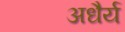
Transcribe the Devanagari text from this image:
अधैर्य